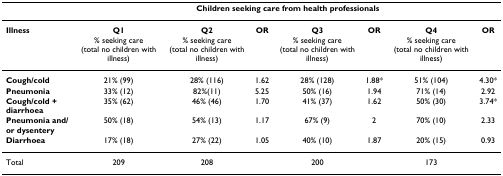
<table><thead><tr><td></td><td colspan="7"><b>Children seeking care from health professionals</b></td></tr></thead><tbody><tr><td><b>Illness</b></td><td><b>Q1</b>% seeking care (total no children with illness)</td><td><b>Q2</b>% seeking care (total no children with illness)</td><td><b>OR</b></td><td><b>Q3</b>% seeking care (total no children with illness)</td><td><b>OR</b></td><td><b>Q4</b>% seeking care (total no children with illness)</td><td><b>OR</b></td></tr><tr><td><b>Cough/cold</b></td><td>21% (99)</td><td>28% (116)</td><td>1.62</td><td>28% (128)</td><td>1.88*</td><td>51% (104)</td><td>4.30*</td></tr><tr><td><b>Pneumonia</b></td><td>33% (12)</td><td>82%(11)</td><td>5.25</td><td>50% (16)</td><td>1.94</td><td>71% (14)</td><td>2.92</td></tr><tr><td><b>Cough/cold + diarrhoea</b></td><td>35% (62)</td><td>46% (46)</td><td>1.70</td><td>41% (37)</td><td>1.62</td><td>50% (30)</td><td>3.74*</td></tr><tr><td><b>Pneumonia and/or dysentery</b></td><td>50% (18)</td><td>54% (13)</td><td>1.17</td><td>67% (9)</td><td>2</td><td>70% (10)</td><td>2.33</td></tr><tr><td><b>Diarrhoea</b></td><td>17% (18)</td><td>27% (22)</td><td>1.05</td><td>40% (10)</td><td>1.87</td><td>20% (15)</td><td>0.93</td></tr><tr><td>Total</td><td>209</td><td>208</td><td></td><td>200</td><td></td><td>173</td><td></td></tr></tbody></table>